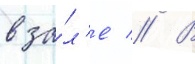
в за́л'е // В